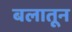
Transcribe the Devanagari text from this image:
बलातून